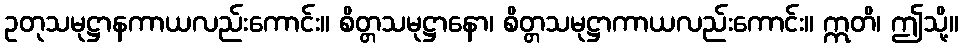
ဥတုသမုဋ္ဌာနကာယလည်းကောင်း။ စိတ္တသမုဋ္ဌာနော၊ စိတ္တသမုဋ္ဌာကာယလည်းကောင်း။ ဣတိ၊ ဤသို့။